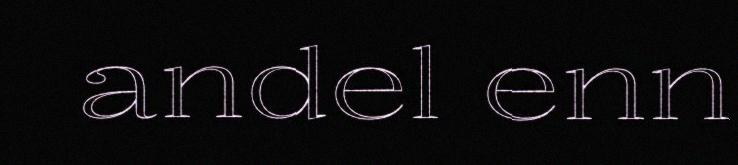
andel enn